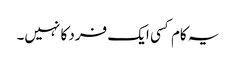
یہ کام کسی ایک فرد کا نہیں۔